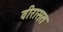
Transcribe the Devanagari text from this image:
वीरासत